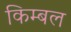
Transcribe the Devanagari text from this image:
किम्बल